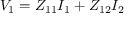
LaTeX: V _ { 1 } = Z _ { 1 1 } I _ { 1 } + Z _ { 1 2 } I _ { 2 }